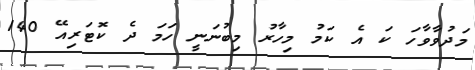
މަދުވާވާހަ ކަ އެ ކަމު މިހާރު މިބުނަނީ ހަމަ ދެ ކޮޓަރިއޭ 140